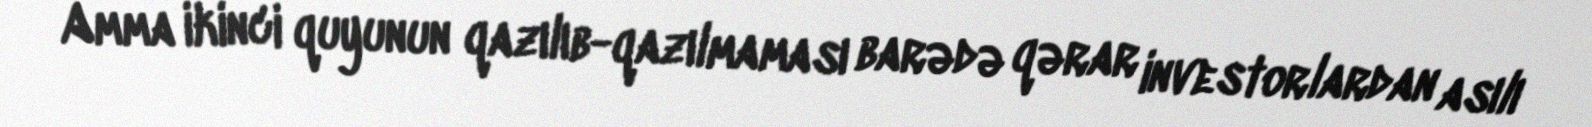
Amma ikinci quyunun qazılıb-qazılmaması barədə qərar investorlardan asılı